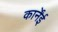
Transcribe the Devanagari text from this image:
कार्नेंई